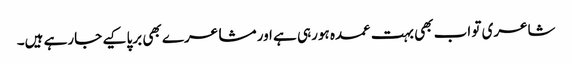
شاعری تو اب بھی بہت عمدہ ہورہی ہے اور مشاعرے بھی برپا کیے جارہے ہیں۔